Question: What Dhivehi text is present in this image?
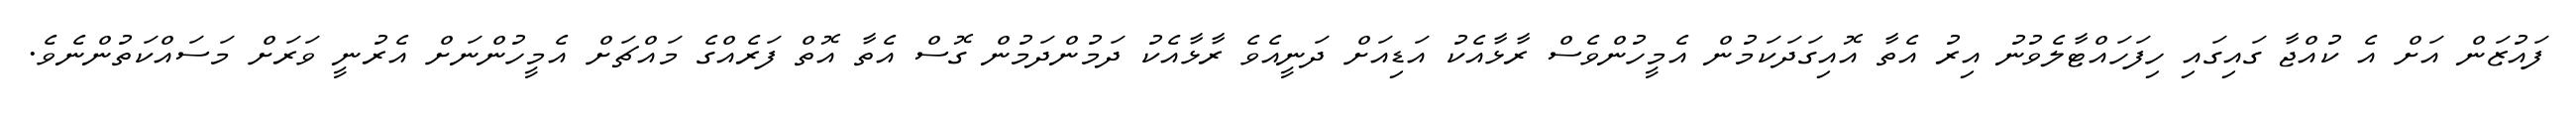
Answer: ފައުޒަން އަށް އެ ކުއްޖާ ގައިގައި ހިފަހައްޓާލެވުނު އިރު އެތާ އޮއިގަދަކަމުން އެމީހުންވެސް ރާޅާއެކު އަޑިއަށް ދަނީއެވެ ރާޅާއެކު ދަމުންދަމުން ގޮސް އެތާ އޮތް ފަރެއްގެ މައްޗަށް އެމީހުންނަށް އެރުނީ ވަރަށް މަސައްކަތުންނެވެ.